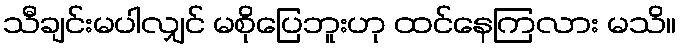
သီချင်းမပါလျှင် မစိုပြေဘူးဟု ထင်နေကြလား မသိ။